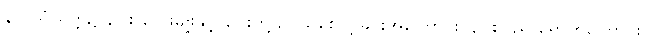
နာဂသံယုတ္တ၌ နဂါး လေးမျိုးနှင့် နဂါးတို့ ဥပုသ်စောင့်ခြင်းအကြောင်း၊ နဂါးပြည် ရောက်ကြောင်း